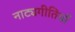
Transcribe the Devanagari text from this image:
नाट्यगीतियाँ